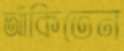
আঁকিতেন